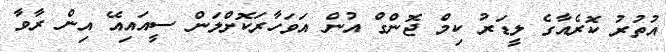
އުތުރު ކޮރެއާގެ ލީޑަރު ކިމް ޖޮންގް އުން އަވަހާރަކޮށްލަން ސީއައިއޭ އިން ރާވާ